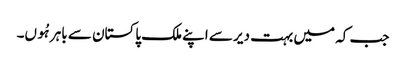
جب کہ میں بہت دیر سے اپنے ملک پاکستان سے باہر ہُوں۔